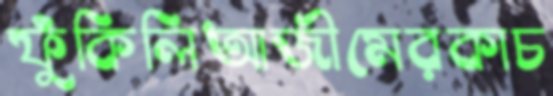
ফুঁকিলিআজীমেরকাচ